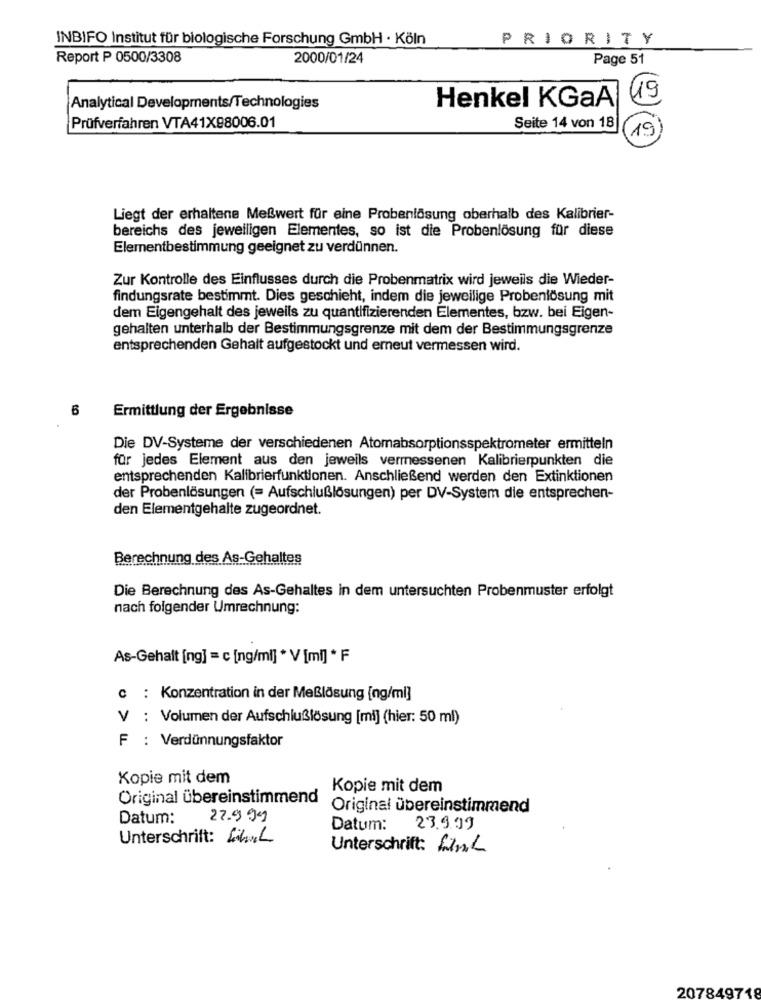
INBIFO Institut für biologische Forschung GmbH · Köln
PRIORITY
Report P 0500/3308
2000/01/24
Page 51
Henkel KGaÅ
49
Analytical Developments/Technologies
Prüfverfahren VTA41X98006.01
Seite 14 von 18
19
Liegt der erhaltene Meßwert für eine Probenlösung oberhalb des Kalibrier-
bereichs des jeweiligen Elementes, so ist die Probenlösung für diese
Elementbestimmung geeignet zu verdünnen.
Zur Kontrolle des Einflusses durch die Probenmatrix wird jeweils die Wieder-
findungsrate bestimmt. Dies geschieht, indem die jeweilige Probenlösung mit
dem Eigengehalt des jeweils zu quantifizierenden Elementes, bzw. bei Eigen-
gehalten unterhalb der Bestimmungsgrenze mit dem der Bestimmungsgrenze
entsprechenden Gehalt aufgestockt und erneut vermessen wird.
6
Ermittlung der Ergebnisse
Die DV-Systeme der verschiedenen Atomabsorptionsspektrometer ermitteln
für jedes Element aus den jeweils vermessenen Kalibrierpunkten die
entsprechenden Kalibrierfunktionen. Anschließend werden den Extinktionen
der Probenlösungen (= Aufschlußlösungen) per DV-System die entsprechen-
den Elementgehalte zugeordnet.
Berechnung des As-Gehaltes
Die Berechnung des As-Gehaltes in dem untersuchten Probenmuster erfolgt
nach folgender Umrechnung:
As-Gehalt [ng] = c [ng/ml] * V [mi] * F
c : Konzentration in der Meßlösung [ng/ml]
V : Volumen der Aufschlußlösung [mi] (hier: 50 ml)
F : Verdünnungsfaktor
Kopie mit dem
Kopie mit dem
Original übereinstimmend
Original übereinstimmend
Datum:
22.999
Datum:
23.9.99
Unterschrift: Link
Unterschrift: Link
207849718